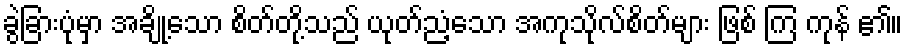
ခွဲခြားပုံမှာ အချို့သော စိတ်တို့သည် ယုတ်ညံ့သော အကုသိုလ်စိတ်များ ဖြစ် ကြ ကုန် ၏။